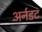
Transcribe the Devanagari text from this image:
अर्नडट